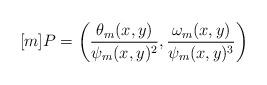
LaTeX: \begin{align*} [m]P = \bigg( \frac{\theta_m(x, y)}{\psi_m(x, y)^2},\frac{\omega_m(x, y)}{\psi_m(x, y)^3} \bigg)\end{align*}